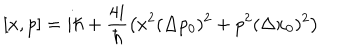
[ x , p ] = i \hbar + \frac { 4 i } { \hbar } \left( x ^ { 2 } ( \Delta p _ { 0 } ) ^ { 2 } + p ^ { 2 } ( \Delta x _ { 0 } ) ^ { 2 } \right)